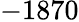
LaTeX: -1870